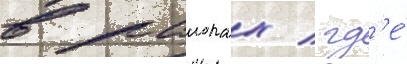
в раионах / гд'е́